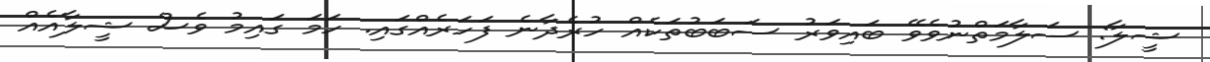
ޝީލާ: ސަލާމަތްނުވެވޭ ބައިވަރު ސަބަބުތަކެއް ހުރެދާނެ ފަހަރެއްގައި. ހަމަ ގައިމު ވެސް ޝީލާއެއް